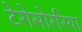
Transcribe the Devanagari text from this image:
टेरोसोररिया